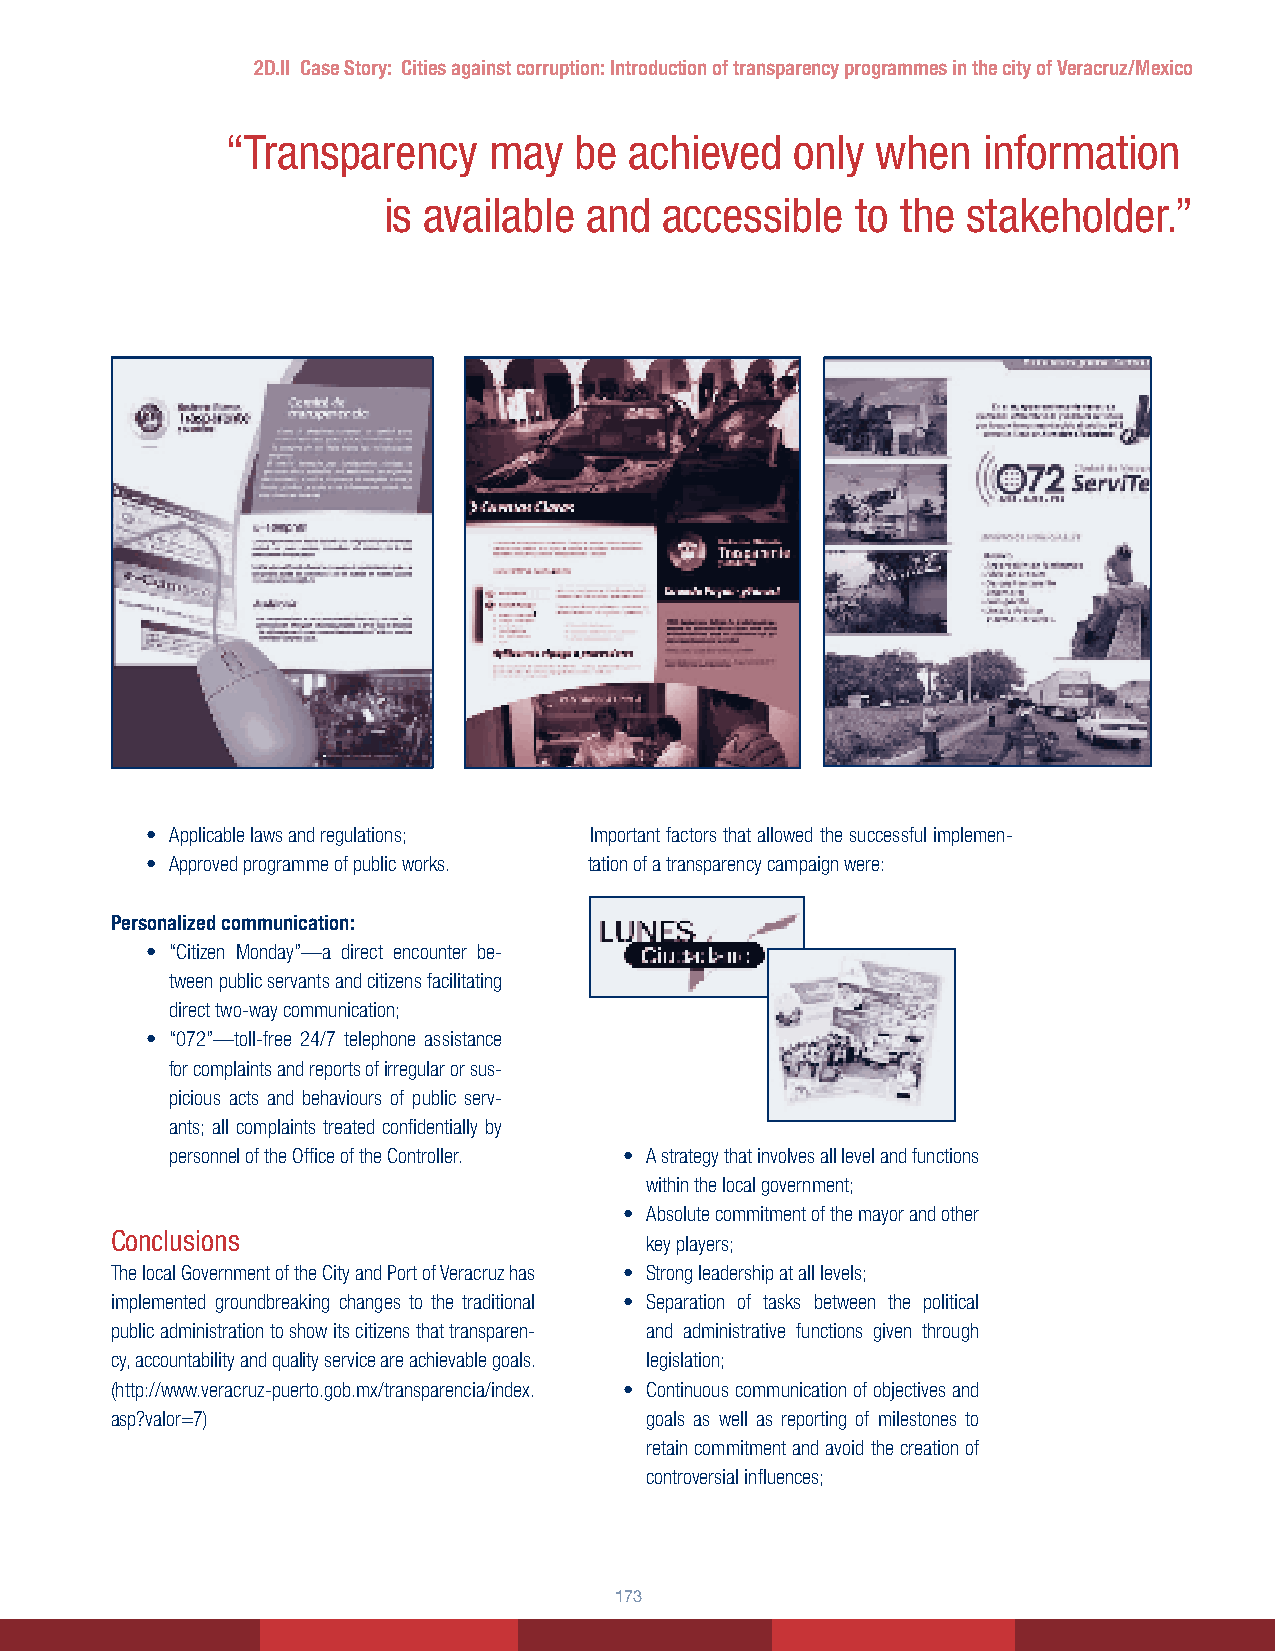
2D.II Case Story: Cities against corruption: Introduction of transparency programmes in the city of Veracruz/Mexico
 “Transparency    may   be  achieved   only when   information
 is available  and  accessible   to the stakeholder.”
 • Applicable laws and regulations; Important factors that allowed the successful implemen-
 • Approved programme of public works. tation of a transparency campaign were:
 Personalized communication:
 • “Citizen Monday”—a direct encounter be-
 tween public servants and citizens facilitating
 direct two-way communication;
 • “072”—toll-free 24/7 telephone assistance
 for complaints and reports of irregular or sus-
 picious acts and behaviours of public serv-
 ants; all complaints treated confidentially by
 personnel of the Office of the Controller. • A strategy that involves all level and functions
 within the local government;
 • Absolute commitment of the mayor and other
 Conclusions
 key players;
 The local Government of the City and Port of Veracruz has • Strong leadership at all levels;
 implemented groundbreaking changes to the traditional • Separation of tasks between the political
 public administration to show its citizens that transparen- and administrative functions given through
 cy, accountability and quality service are achievable goals. legislation;
 (http://www.veracruz-puerto.gob.mx/transparencia/index. • Continuous communication of objectives and
 asp?valor=7)                        goals as well as reporting of milestones to
 retain commitment and avoid the creation of
 controversial influences;
 1133